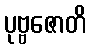
ပုဗ္ဗဇောတိ